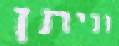
וניתן